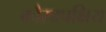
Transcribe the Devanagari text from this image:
कौरवपक्षिय